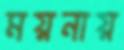
ময়নায়